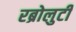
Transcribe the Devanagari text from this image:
रब्रोलुटी